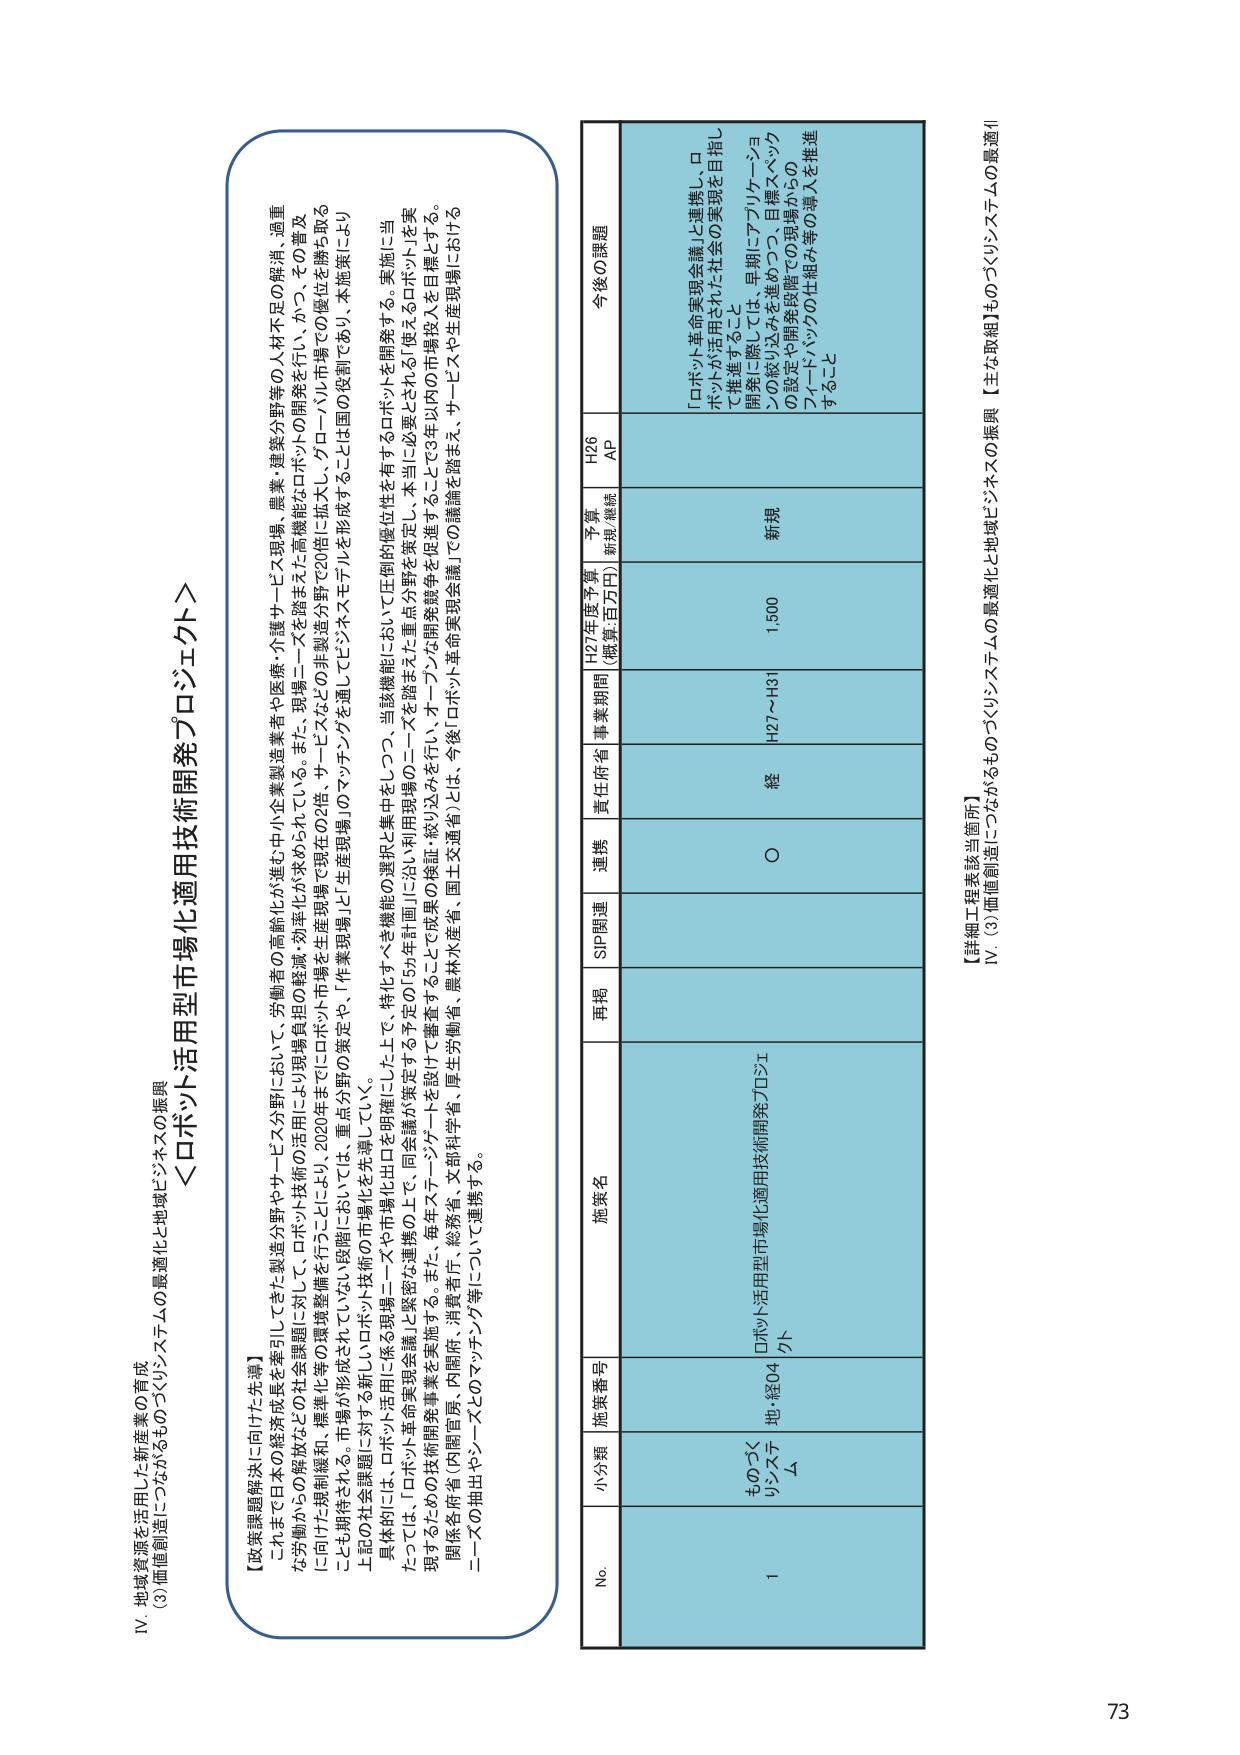
IV. 地域資源を活用した新産業の育成
(3)価値創造につながるものづくりシステムの最適化と地域ビジネスの振興

＜ロボット活用型市場化適用技術開発プロジェクト＞

【政策課題解決に向けた先導】
これまで日本の経済成長を牽引してきた製造分野やサービス分野において、労働者の高齢化が進む中で小企業製造業者や医療・介護サービス現場、農業・建築分野等の人材不足の解消、過重な労働からの解放などの社会課題に対し、ロボット技術の活用により現場負担の軽減・効率化が求められている。また、現場ニーズを踏まえた高機能なロボットの開発を行い、かつ、その普及に向けた規制緩和、標準化等の環境整備を行うことにより、2020年までにロボット市場を生産現場で現在の2倍、サービスなどの非製造分野で20倍に拡大し、グローバル市場での優位を勝ち取ることも期待される。市場が形成されていない段階においては、重点分野の策定や、「作業現場」と「生産現場」のマッチングを通じるヒンジングを形成することに国の役割であり、本施策により上記の社会課題に対する新しいロボット技術の市場化を先導していく。

具体的には、ロボット活用に係る現場ニーズや市場化の選択と集中をもって、特化すべき機能の選択と集中をしつつ、当該機能において圧倒的優位性を有するロボットを開発する。実施に当たっては、「ロボット革命実現会議」と緊密な連携の上で、同会議が策定する予定の「5か年計画」に沿い利用現場のニーズを踏まえた重点分野を策定し、本当に必要とされる「使えるロボット」を実現するための技術開発事業を実施する。また、毎年ステージゲートを設けて審査することで成果の検証・絞り込みを行い、オープンな開発競争を促進することで3年以内の市場投入を目標とする。

関係各府省（内閣官房、内閣府、消費者庁、総務省、文部科学省、厚生労働省、農林水産省、国土交通省）とは、今後「ロボット革命実現会議」での議論を踏まえ、サービスや生産現場におけるニーズの抽出やシーズとのマッチング等について連携する。

No. 小分類 施策番号 施策名 再掲 SIP関連 連携 責任府省 事業期間 H27年度予算（概算:百万円） 予算・継続 H26 AP 今後の課題

1 ものづくりシステム 地・経04 ロボット活用型市場化適用技術開発プロジェクト ○ 経 H27～H31 1,500 新規 「ロボット革命実現会議」と連携し、ロボットが活用された社会の実現を目指して推進すること
開発に際しては、早期にアプリケーションの絞り込みを進めつつ、目標スペックの設定や開発段階での現場からのフィードバックの仕組み等の導入を推進すること

【詳細工程表該当箇所】
IV. (3)価値創造につながるものづくりシステムの最適化と地域ビジネスの振興【主な取組】

73